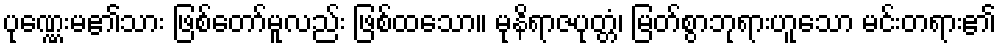
ပုဏ္ဏေးမ၏သား ဖြစ်တော်မူလည်း ဖြစ်ထသော။ မုနိရာဇပုတ္တံ၊ မြတ်စွာဘုရားဟူသော မင်းတရား၏